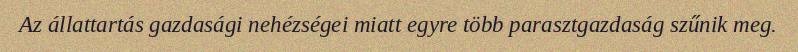
Az állattartás gazdasági nehézségei miatt egyre több parasztgazdaság szűnik meg.